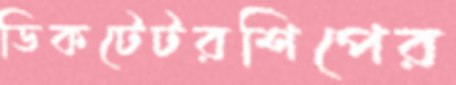
ডিকটেটরশিপের